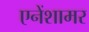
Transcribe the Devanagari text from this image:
एनेंशामर